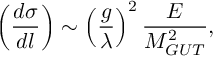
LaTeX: \left( \frac { d \sigma } { d l } \right) \sim \left( \frac { g } { \lambda } \right) ^ { 2 } \frac { E } { M _ { G U T } ^ { 2 } } ,